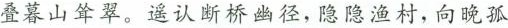
叠暮山耸翠。遥认断桥幽径，隐隐渔村，向晚孤